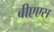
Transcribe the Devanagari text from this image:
बीएएस